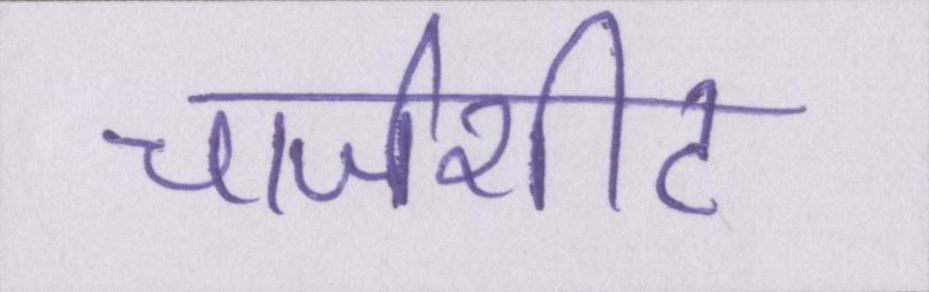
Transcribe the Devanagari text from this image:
चार्जशीट